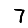
Digit: 7